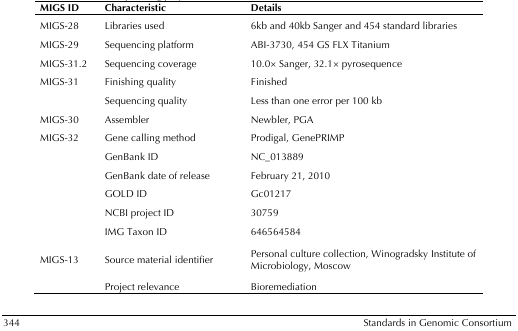
| MIGS ID | Characteristic | Details |
 | --- | --- | --- |
 | MIGS-28 | Libraries used | 6kb and 40kb Sanger and 454 standard libraries |
 | MIGS-29 | Sequencing platform | ABI-3730, 454 GS FLX Titanium |
 | MIGS-31.2 | Sequencing coverage | 10.0× Sanger, 32.1× pyrosequence |
 | MIGS-31 | Finishing quality | Finished |
 |  | Sequencing quality | Less than one error per 100 kb |
 | MIGS-30 | Assembler | Newbler, PGA |
 | MIGS-32 | Gene calling method | Prodigal, GenePRIMP |
 |  | GenBank ID | NC_013889 |
 |  | GenBank date of release | February 21, 2010 |
 |  | GOLD ID | Gc01217 |
 |  | NCBI project ID | 30759 |
 |  | IMG Taxon ID | 646564584 |
 | MIGS-13 | Source material identifier | Personal culture collection, Winogradsky Institute of Microbiology, Moscow |
 |  | Project relevance | Bioremediation |